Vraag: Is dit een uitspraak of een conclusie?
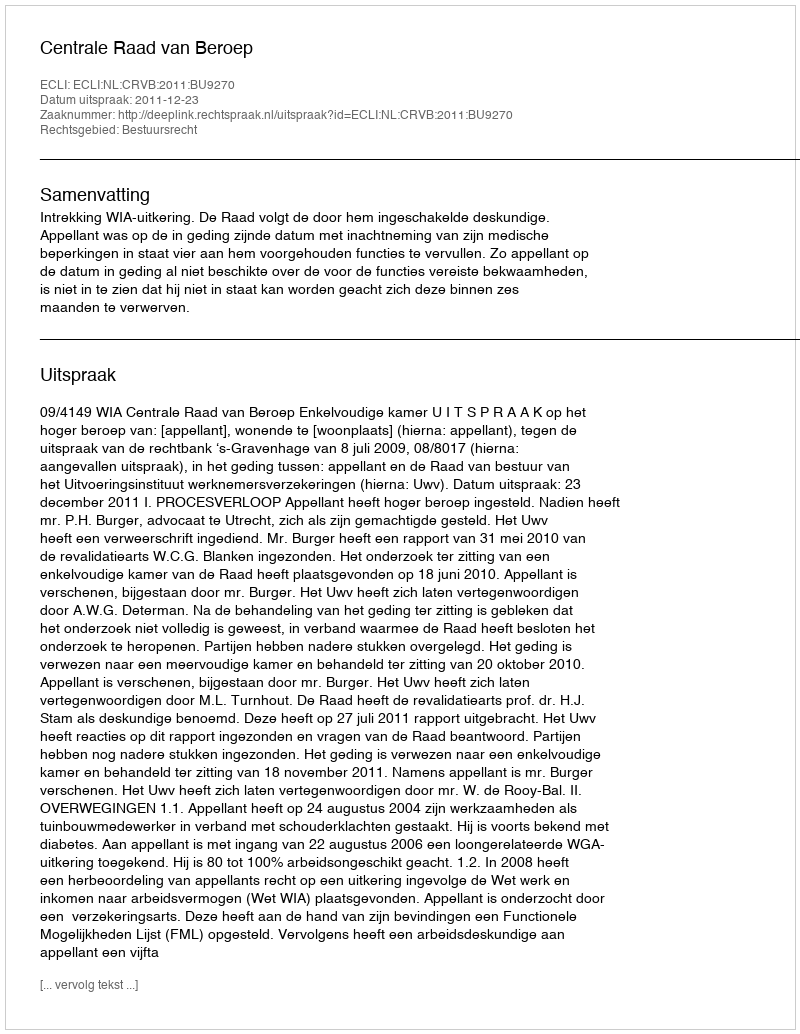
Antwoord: Uitspraak